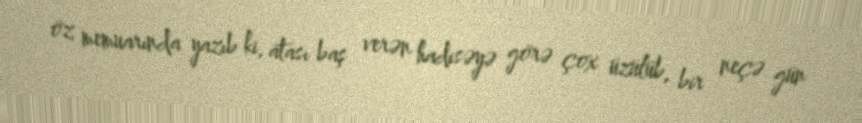
öz memuarında yazıb ki, atası baş verən hadisəyə görə çox üzülüb, bir neçə gün